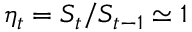
\eta _ { t } = S _ { t } / S _ { t - 1 } \simeq 1